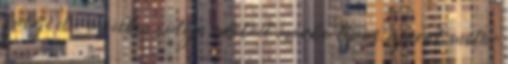
küldje el e-mailben autója adatait márka, típus, évjárat, motor